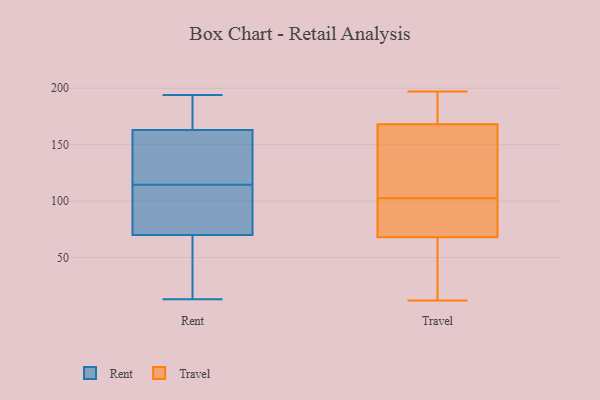
{"axis": {"x": "Demand Index", "y": "Value"}, "legend": ["Rent", "Travel"], "data": [{"x": "", "y": 76, "type": "Rent"}, {"x": "", "y": 163, "type": "Rent"}, {"x": "", "y": 168, "type": "Rent"}, {"x": "", "y": 163, "type": "Rent"}, {"x": "", "y": 64, "type": "Rent"}, {"x": "", "y": 147, "type": "Rent"}, {"x": "", "y": 13, "type": "Rent"}, {"x": "", "y": 125, "type": "Rent"}, {"x": "", "y": 28, "type": "Rent"}, {"x": "", "y": 104, "type": "Rent"}, {"x": "", "y": 102, "type": "Rent"}, {"x": "", "y": 194, "type": "Rent"}, {"x": "", "y": 98, "type": "Travel"}, {"x": "", "y": 150, "type": "Travel"}, {"x": "", "y": 124, "type": "Travel"}, {"x": "", "y": 57, "type": "Travel"}, {"x": "", "y": 79, "type": "Travel"}, {"x": "", "y": 68, "type": "Travel"}, {"x": "", "y": 12, "type": "Travel"}, {"x": "", "y": 116, "type": "Travel"}, {"x": "", "y": 107, "type": "Travel"}, {"x": "", "y": 87, "type": "Travel"}, {"x": "", "y": 175, "type": "Travel"}, {"x": "", "y": 197, "type": "Travel"}, {"x": "", "y": 12, "type": "Travel"}, {"x": "", "y": 60, "type": "Travel"}, {"x": "", "y": 190, "type": "Travel"}, {"x": "", "y": 74, "type": "Travel"}, {"x": "", "y": 191, "type": "Travel"}, {"x": "", "y": 168, "type": "Travel"}]}